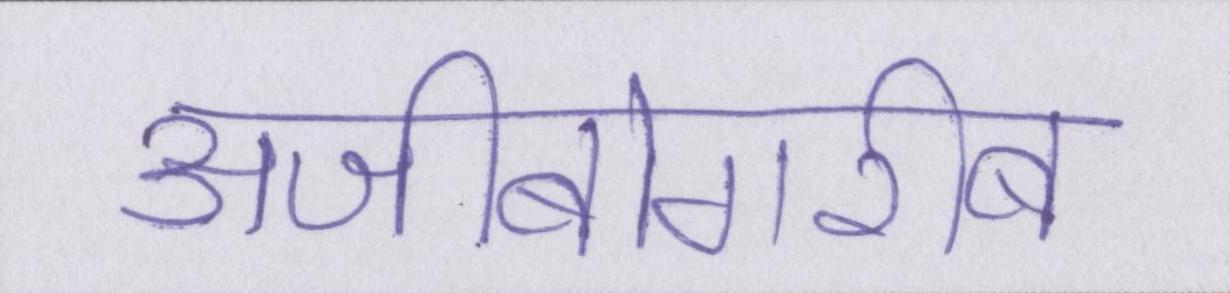
अजीबोगरीब